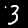
Label: 3